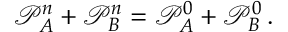
\mathcal P _ { A } ^ { n } + \mathcal P _ { B } ^ { n } = \mathcal P _ { A } ^ { 0 } + \mathcal P _ { B } ^ { 0 } \, .